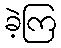
ခဲ့ကြ